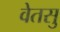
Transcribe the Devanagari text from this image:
वेतसु